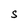
Character: S